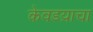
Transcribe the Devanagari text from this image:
केवडय़ाचा